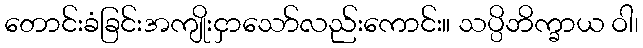
တောင်းခံခြင်းအကျိုးငှာသော်လည်းကောင်း။ သပ္ပိဘိက္ခာယ ဝါ၊